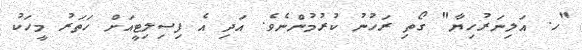
"ހ. އަލިނަރުހިޔާ" ގޯތި ރަހުނު ކުރުމުންނެވެ. އަދި އެ ފިސިލިޓީއަށް ހަތަރު މީހަކު